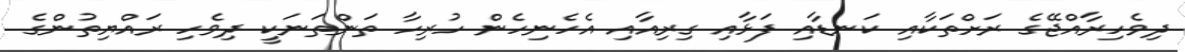
ދިވެހިރާއްޖޭގެ ރަށްތަކާއި ކަނޑާއި ފަޅާއި ގިރިއާއި އެހެނިހެން ހުރިހާ ތަންތަނަކީ ދިވެހި ރައްޔިތުންގެ